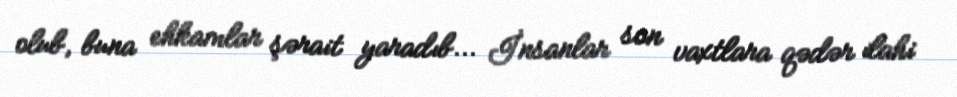
olub, buna ehkamlar şərait yaradıb... İnsanlar son vaxtlara qədər ilahi